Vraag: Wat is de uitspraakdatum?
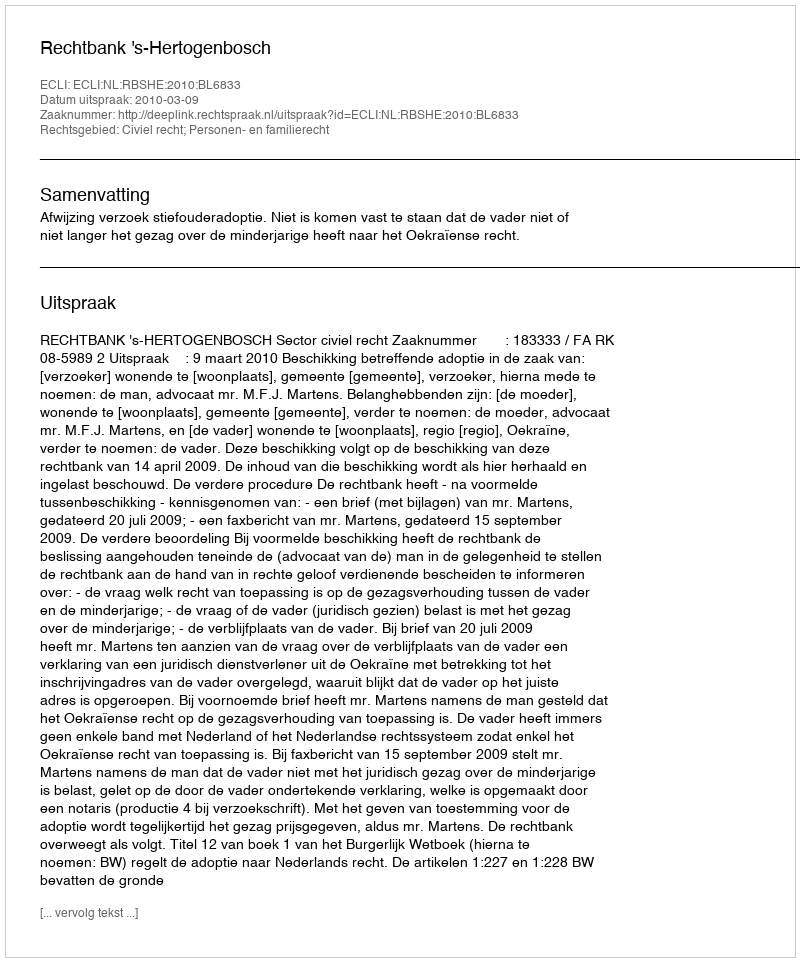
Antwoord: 2010-03-09